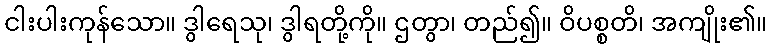
ငါးပါးကုန်သော။ ဒွါရေသု၊ ဒွါရတို့ကို။ ဌတွာ၊ တည်၍။ ဝိပစ္စတိ၊ အကျိုး၏။